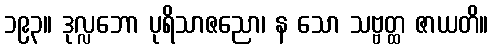
၁၉၃။ ဒုလ္လဘော ပုရိသာဇညော၊ န သော သဗ္ဗတ္ထ ဇာယတိ။